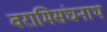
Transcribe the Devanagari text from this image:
वरामिसंघनाथ